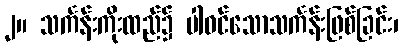
၂။ သင်္ကန်းကိုးထည်၌ ပါဝင်သောသင်္ကန်းဖြစ်ခြင်း၊